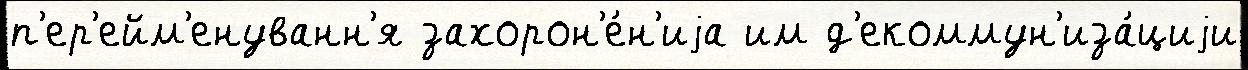
п'ер'ейм'енуванн'я захорон'е́н'иjа им д'екоммун'иза́циjи